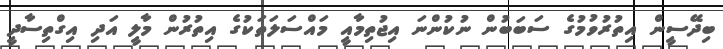
ބިދޭސީން އިތުރުވުމުގެ ސަބަބުން ނުކުންނަ އިޖުތިމާއީ މައްސަލަތަކުގެ އިތުރުން މާލީ އަދި އިގްތިސާދީ